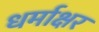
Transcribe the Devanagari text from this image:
धर्माक्षर